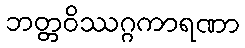
ဘတ္တဝိဿဂ္ဂကာရဏာ